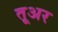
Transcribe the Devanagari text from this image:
तूअर